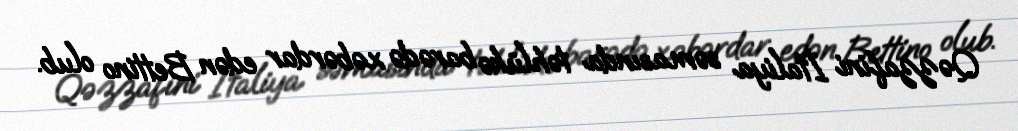
Qəzzafini İtaliya səmasında təhlükə barədə xəbərdar edən Bettino olub.